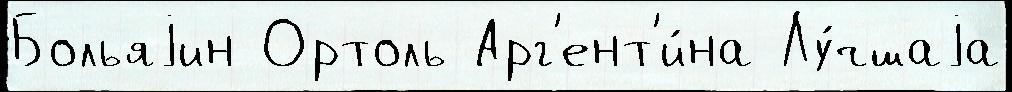
Больяjин Ортоль Арг'ент'и́на Лу́чшаjа